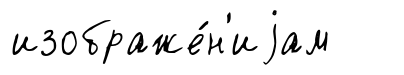
изображе́н'иjам